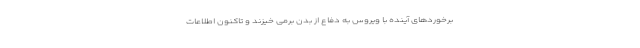
برخوردهای آینده با ویروس به دفاع از بدن برمی خیزند و تاکنون اطلاعات